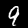
Label: 9